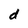
Character: d